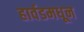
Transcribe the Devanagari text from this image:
हार्वडमधून